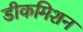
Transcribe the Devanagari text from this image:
डीकमिशन